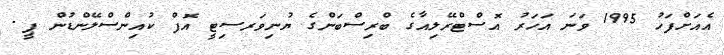
އެއަށްފަހު 1995 ވަނަ އަހަރު އޮސްޓްރޭލިއާގެ ބްރިސްބަންގެ ޔުނިވަރސިޓީ އޮފް ކުއިންސްލޭންޑުން ޕީ.